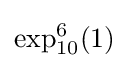
\exp _{10}^{6}(1)